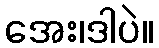
အေး၊ဒါပဲ။